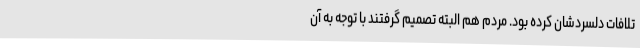
تلافات دلسردشان کرده بود. مردم هم البته تصمیم گرفتند با توجه به آن